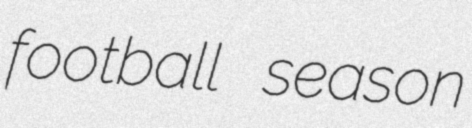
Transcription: football season